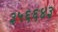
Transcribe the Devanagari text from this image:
३५६६४३